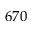
6 7 0